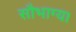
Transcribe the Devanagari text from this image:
सौभाग्य।